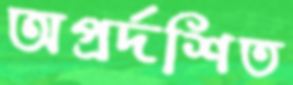
অপ্রর্দশিত